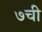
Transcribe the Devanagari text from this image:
७ची